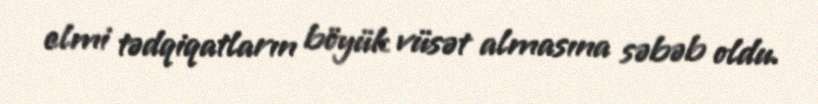
elmi tədqiqatların böyük vüsət almasına səbəb oldu.